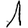
Digit: 1